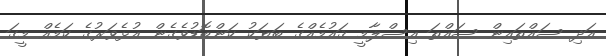
އަދި ސައްތައިން ސައްތަ އިސްލާމީ ޤައުމެއްގެ ބަޔަކު ކަންބޮޑުވެގެން އުޅެވަރުގެ ކަމެއް މީގަ